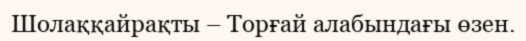
Шолаққайрақты – Торғай алабындағы өзен.